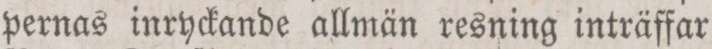
pernas inryckande allmän resning inträffar